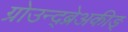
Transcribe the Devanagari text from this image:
ग्रोउन्द्ब्रेअकीङ्